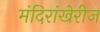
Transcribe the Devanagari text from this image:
मंदिरांखेरीज